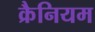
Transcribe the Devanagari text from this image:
क्रैनियम